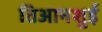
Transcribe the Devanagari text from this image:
तिआनशुई